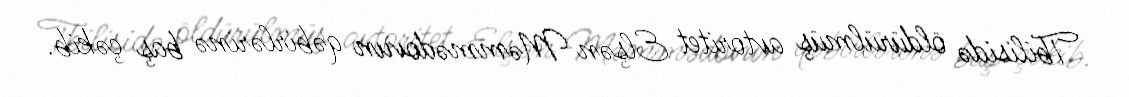
Tbilisidə öldürülmüş avtoritet Elşən Məmmədovun qəbirlərinə baş çəkib.